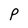
Character: p